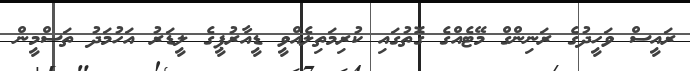
ރައީސް ވަހީދުގެ ރަނިންގް މޭޓެއްގެ ގޮތުގައި ކުރިމަތިލެއްވީ ޑީއާރުޕީގެ ލީޑަރު އަހުމަދު ތަސްމީން